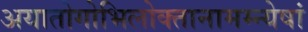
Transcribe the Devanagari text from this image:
अयातोगोभिलोक्तानामम्न्येषां